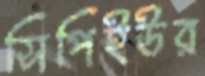
সিপিইউর